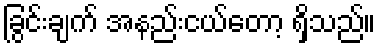
ခြွင်းချက် အနည်းငယ်တော့ ရှိသည်။